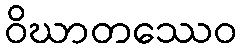
ဝိဃာတဿေဝ